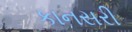
કાનસરી